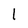
Character: 1